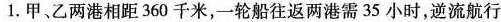
1.甲、乙两港相距360千米，一轮船往返两港需35小时，逆流航行